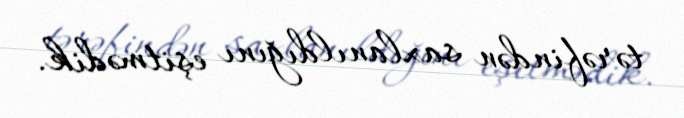
tərəfindən saxlanıldığını eşitmədik.